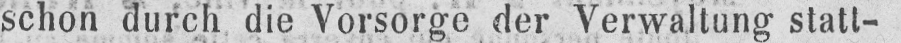
schon durch die Vorsorge der Verwaltung statt-